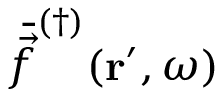
\bar { \vec { f } } ^ { ( \dagger ) } ( \mathbf { r } ^ { \prime } , \omega )